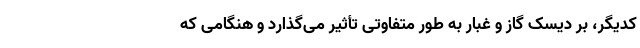
کدیگر، بر دیسک گاز و غبار به طور متفاوتی تأثیر می‌گذارد و هنگامی که